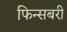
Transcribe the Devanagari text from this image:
फिन्सबरी